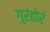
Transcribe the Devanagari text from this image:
गुरंढोरं